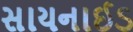
સાયનાઈડ